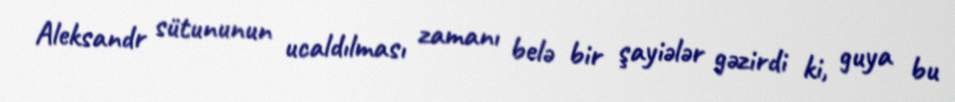
Aleksandr sütununun ucaldılması zamanı belə bir şayiələr gəzirdi ki, guya bu